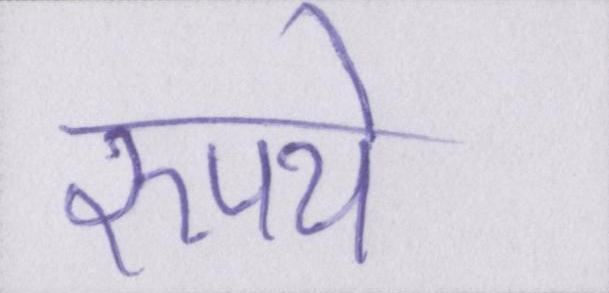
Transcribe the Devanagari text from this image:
रुपये